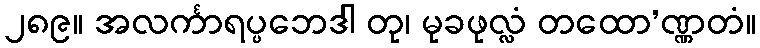
၂၈၉။ အလင်္ကာရပ္ပဘေဒါ တု၊ မုခဖုလ္လံ တထော’ဏ္ဏတံ။